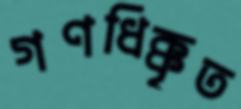
গণধিক্কৃত